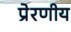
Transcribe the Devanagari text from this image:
प्रेरणीय